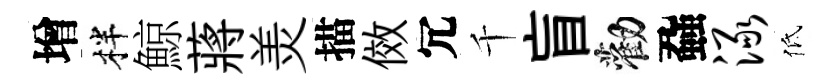
增柈鯨蔣羙描傚冗千盲勸蝨渌低